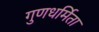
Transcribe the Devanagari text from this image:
गुणधर्मिता